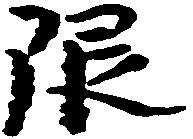
限